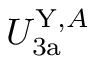
U _ { \mathrm { 3 a } } ^ { \mathrm { Y } , A }